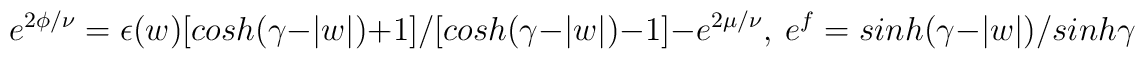
e^{2\phi/\nu}=\epsilon(w)[cosh(\gamma-|w|)+1]/[cosh(\gamma-|w|)-1]-e^{2\mu/\nu},~e^{f}=sinh(\gamma-|w|)/sinh\gamma